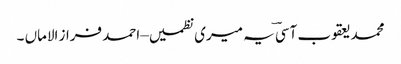
محمد یعقوب آسیؔ یہ میری نظمیں– احمد فراز الاماں ۔